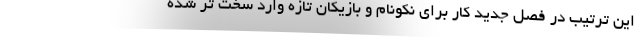
این ترتیب در فصل جدید کار برای نکونام و بازیکان تازه وارد سخت تر شده